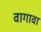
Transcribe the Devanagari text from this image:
वागावा